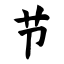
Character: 节